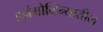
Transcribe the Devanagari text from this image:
हर्झगोव्हिन्यातील